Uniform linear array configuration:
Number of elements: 4
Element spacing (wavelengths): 0.75
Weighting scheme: kaiser
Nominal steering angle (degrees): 15
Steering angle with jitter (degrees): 15.485
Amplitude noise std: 0.05
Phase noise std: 0.05

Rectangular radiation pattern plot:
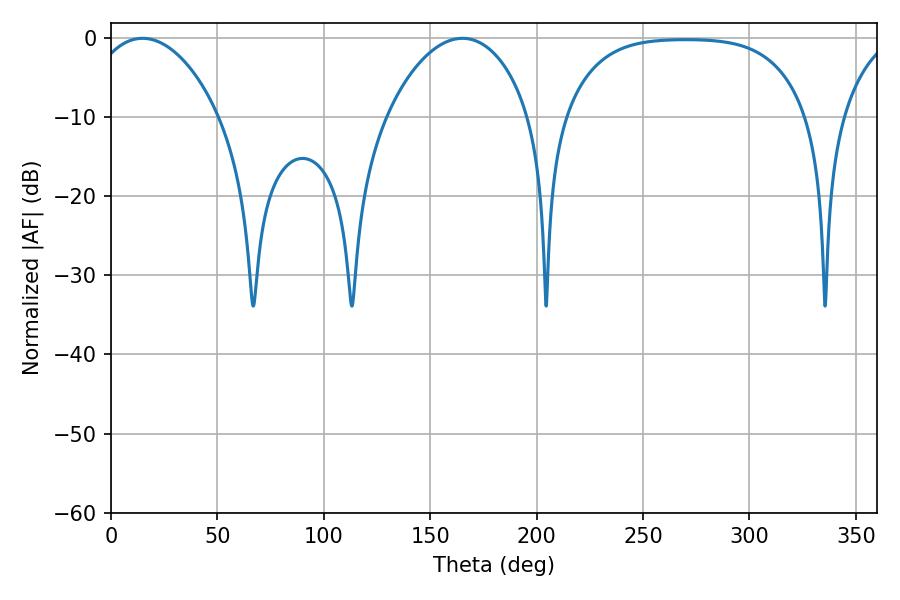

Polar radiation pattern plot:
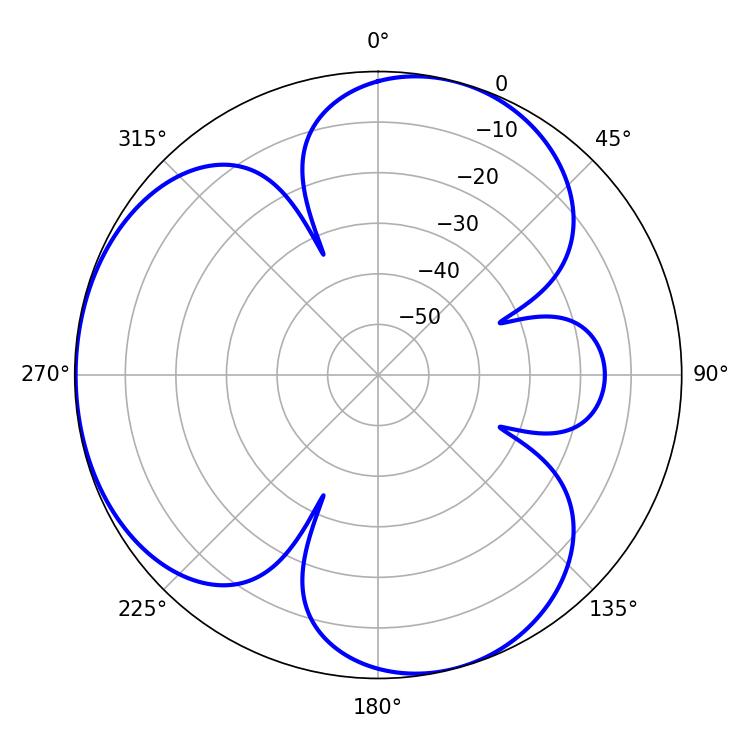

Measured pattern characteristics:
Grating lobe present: TRUE
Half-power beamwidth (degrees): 34.74
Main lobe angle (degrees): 14.76